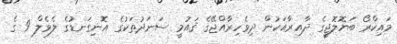
މައިކްރޯ ބަޔޮލޮޖީގެ ދާއިރާއަކުން ދިވެހިރާއްޖޭގެ ޤައުމީ ސަނަދުތަކުގެ އޮނިގަނޑުގެ ލެވެލް 9 ގެ